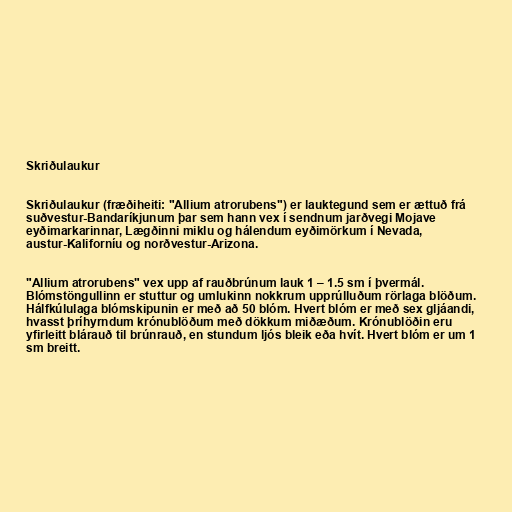
Skriðulaukur

Skriðulaukur (fræðiheiti: "Allium atrorubens") er lauktegund sem er ættuð frá
suðvestur-Bandaríkjunum þar sem hann vex í sendnum jarðvegi Mojave
eyðimarkarinnar, Lægðinni miklu og hálendum eyðimörkum í Nevada,
austur-Kaliforníu og norðvestur-Arizona.

"Allium atrorubens" vex upp af rauðbrúnum lauk 1 – 1.5 sm í þvermál.
Blómstöngullinn er stuttur og umlukinn nokkrum upprúlluðum rörlaga blöðum.
Hálfkúlulaga blómskipunin er með að 50 blóm. Hvert blóm er með sex gljáandi,
hvasst þríhyrndum krónublöðum með dökkum miðæðum. Krónublöðin eru
yfirleitt blárauð til brúnrauð, en stundum ljós bleik eða hvít. Hvert blóm er um 1
sm breitt.